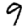
Digit: 9